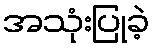
အသုံးပြုခဲ့